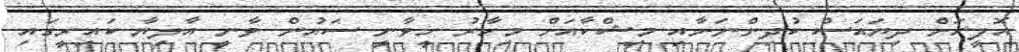
އޮފީހަށް ދިޔައަސް ކުދިންނަށާއި މިޝްކާއަށް މިހާރު ހީވާނީ ސައުން ވާނީ އާލިޔާ ކައިރީގައި